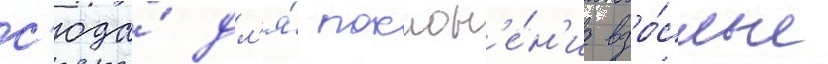
с'юда́ дл'я́ поклон'е́н'иа взро́слые